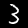
Digit: 3